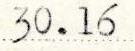
30.16